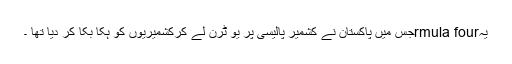
یہrmula fourجس میں پاکستان نے کشمیر پالیسی پر یو ٹرن لے کرکشمیریوں کو ہکا بکا کر دیا تھا ۔